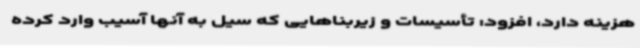
هزینه دارد، افزود: تأسیسات و زیربناهایی که سیل به آنها آسیب وارد کرده